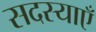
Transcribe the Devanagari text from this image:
सदस्याएँ